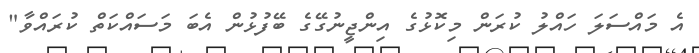
އެ މައްސަލަ ހައްލު ކުރަން މިކޮޅުގެ އިންޖީނުގޭގެ ބޭފުޅުން އެބަ މަސައްކަތް ކުރައްވާ"